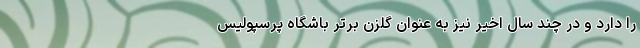
را دارد و در چند سال اخیر نیز به عنوان گلزن برتر باشگاه پرسپولیس